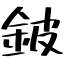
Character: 鈹